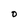
Character: 0